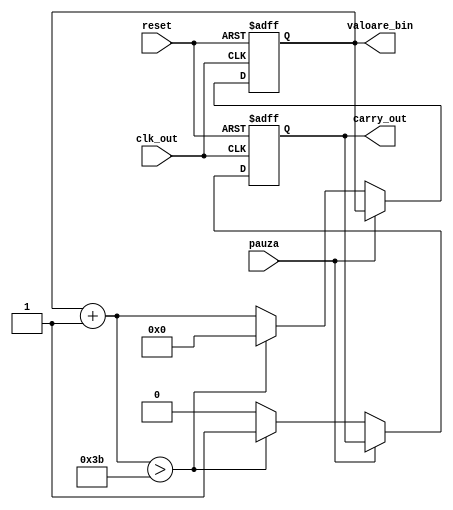
`timescale 1ns / 1ps
//////////////////////////////////////////////////////////////////////////////////
// Company: 
// Engineer: 
// 
// Design Name: 
// Module Name: numarator
// Project Name: 
// Target Devices: 
// Tool Versions: 
// Description: 
// 
// Dependencies: 
// 
// Revision:
// Revision 0.01 - File Created
// Additional Comments:
// 
//////////////////////////////////////////////////////////////////////////////////


module numarator(valoare_bin, carry_out, clk_out, reset, pauza);
input clk_out, reset, pauza;
output [5:0]valoare_bin;
output carry_out;
reg carry_out;
reg [5:0]valoare_bin;

always @(posedge clk_out,posedge reset)
    begin
       if(reset) begin
           valoare_bin = 6'b000000;
           carry_out = 0;
           end
       else begin
         if(~pauza)
               begin
                valoare_bin = valoare_bin + 1;
                carry_out = 0;
                if(valoare_bin > 59)
                    begin
                        valoare_bin = 6'b000000;
                        carry_out = 1'b1;
                    end
                end
           end      
    end
endmodule